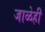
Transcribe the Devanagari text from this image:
जाळेही